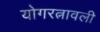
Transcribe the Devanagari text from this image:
योगरत्नावली